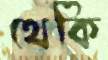
থেকি